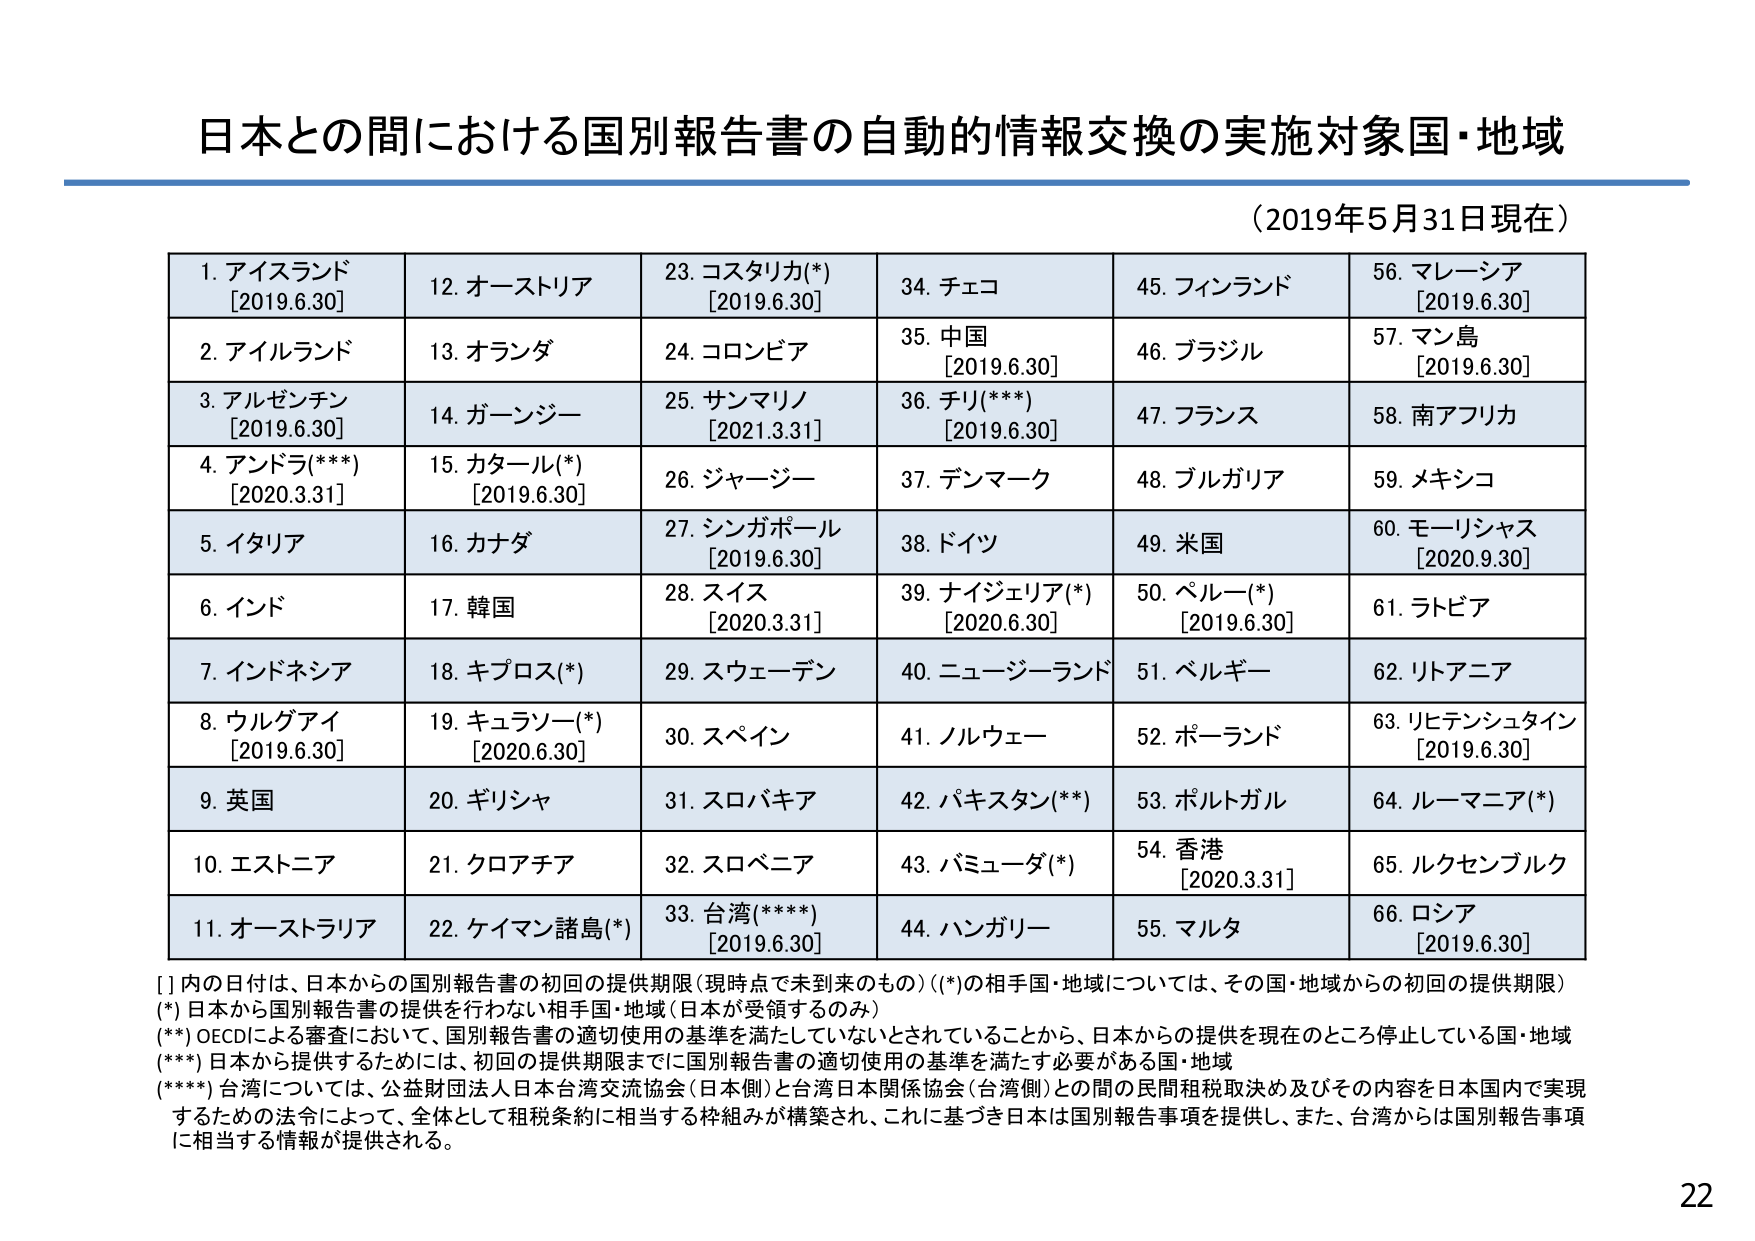
日本との間における国別報告書の自動的情報交換の実施対象国・地域
（2019年5月31日現在）

1. アイスランド
[2019.6.30]
2. アイルランド
3. アルゼンチン
[2019.6.30]
4. アンドラ(***)
[2020.3.31]
5. イタリア
6. インド
7. インドネシア
8. ウルグアイ
[2019.6.30]
9. 英国
10. エストニア
11. オーストラリア
12. オーストリア
13. オランダ
14. ガーンジー
15. カタール(*)
[2019.6.30]
16. カナダ
17. 韓国
18. キプロス(*)
19. キュラソー(*)
[2020.6.30]
20. ギリシャ
21. クロアチア
22. ケイマン諸島(*)
23. コスタリカ(*)
[2019.6.30]
24. コロンビア
25. サンマリノ
[2021.3.31]
26. ジャージー
27. シンガポール
[2019.6.30]
28. スイス
[2020.3.31]
29. スウェーデン
30. スペイン
31. スロバキア
32. スロベニア
33. 台湾(****)
[2019.6.30]
34. チェコ
35. 中国
[2019.6.30]
36. チリ(***)
[2019.6.30]
37. デンマーク
38. ドイツ
39. ナイジェリア(*)
[2020.6.30]
40. ニュージーランド
41. ノルウェー
42. パキスタン(**)
43. バミューダ(*)
44. ハンガリー
45. フィンランド
46. ブラジル
47. フランス
48. ブルガリア
49. 米国
50. ペルー(*)
[2019.6.30]
51. ベルギー
52. ポーランド
53. ポルトガル
54. 香港
[2020.3.31]
55. マルタ
56. マレーシア
[2019.6.30]
57. マン島
[2019.6.30]
58. 南アフリカ
59. メキシコ
60. モーリシャス
[2020.9.30]
61. ラトビア
62. リトアニア
63. リヒテンシュタイン
[2019.6.30]
64. ルーマニア(*)
65. ルクセンブルク
66. ロシア
[2019.6.30]

[ ]内の日付は、日本からの国別報告書の初回の提供期限（現時点で未到来のもの）（*）の相手国・地域については、その国・地域からの初回の提供期限
(*) 日本から国別報告書の提供を行わない相手国・地域（日本が受領するのみ）
(**) OECDによる審査において、国別報告書の適切使用の基準を満たしていないとされていることから、日本からの提供を現在のところ停止している国・地域
(***) 日本から提供するためには、初回の提供期限までに国別報告書の適切使用の基準を満たす必要がある国・地域
(****) 台湾については、公益財団法人日本台湾交流協会（日本側）と台湾日本関係協会（台湾側）との間の民間租税取決め及びその内容を日本国内で実現するための法令によって、全体として租税条約に相当する枠組みが構築され、これに基づき日本は国別報告事項を提供し、また、台湾からは国別報告事項に相当する情報が提供される。

22